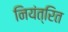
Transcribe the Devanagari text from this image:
नियंत्रित